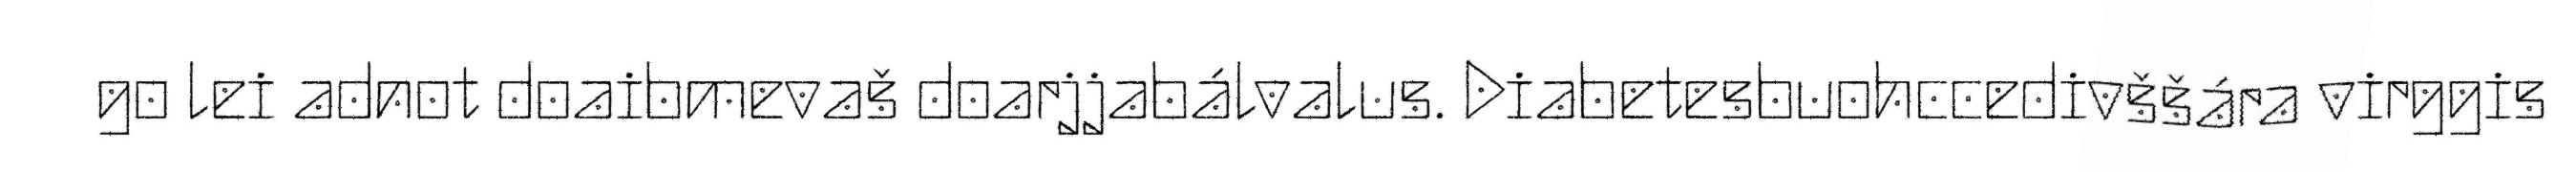
go lei adnot doaibmevaš doarjjabálvalus. Diabetesbuohccedivššára virggis